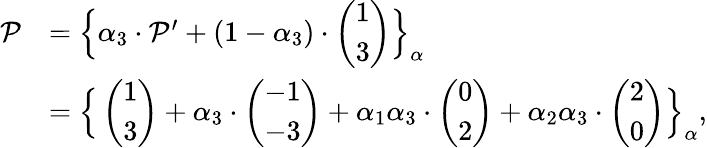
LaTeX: \begin{array}{rl}{\mathcal{P}}&{=\Big\{ \alpha_{3}\cdot\mathcal{P}^{\prime}+(1-\alpha_{3})\cdot\left(\begin{array}{l}{1}\\ {3}\end{array}\right)\Big\} _{\alpha}}\\ &{=\Big\{ \left(\begin{array}{l}{1}\\ {3}\end{array}\right)+\alpha_{3}\cdot\left(\begin{array}{l}{-1}\\ {-3}\end{array}\right)+\alpha_{1}\alpha_{3}\cdot\left(\begin{array}{l}{0}\\ {2}\end{array}\right)+\alpha_{2}\alpha_{3}\cdot\left(\begin{array}{l}{2}\\ {0}\end{array}\right)\Big\} _{\alpha},}\end{array}